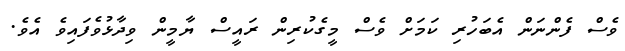
ވެސް ފެންނަން އެބަހުރި ކަމަށް ވެސް މީގެކުރިން ރައީސް ޔާމީން ވިދާޅުވެފައިވެ އެވެ.